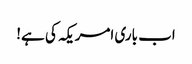
اب باری امریکہ کی ہے!